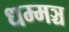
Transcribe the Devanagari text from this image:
धम्मञ्च